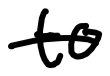
Text: to
Cross-out: single-line
Writing tool: digital_black